Report on the lunatic asylums in Bengal - 1862-
Year: 1862
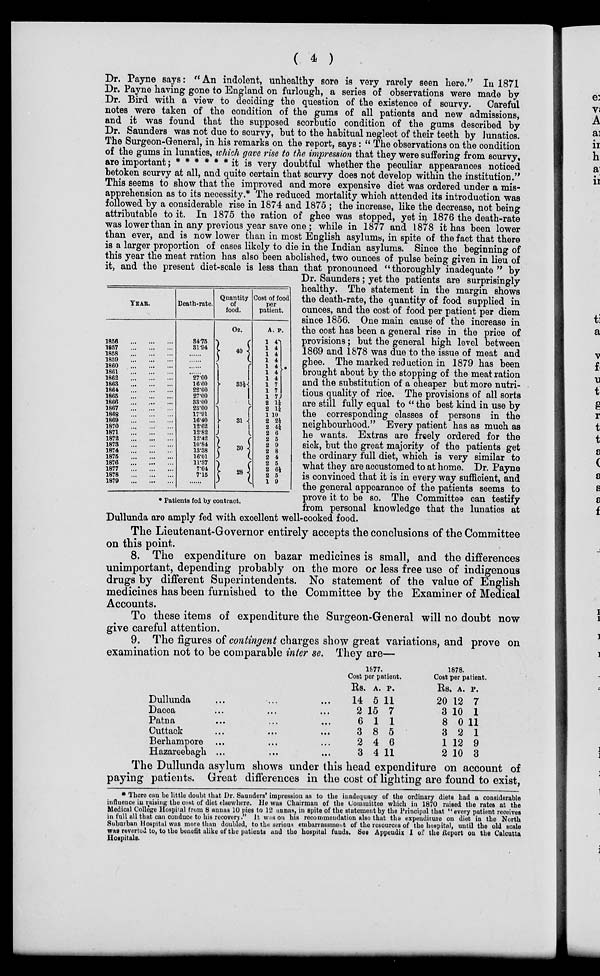
( 4 )
YEAR.
1856 ... ... ...
1857
...
...
...
1858
...
...
...
1859
...
...
...
1860
...
...
...
1861
...
...
...
1862
...
...
...
1863
...
...
...
1864
...
...
...
1865
...
...
...
1866
...
...
...
1867
...
...
...
1868
...
...
...
1869
...
...
...
1870
...
...
...
1871
...
...
...
1872
...
...
...
1873
...
...
...
1874
...
...
...
1875
...
...
...
1876
...
...
...
1877
...
...
...
1878
...
...
...
1879
...
...
...
Death-rate.
34.75
31.94
......
......
......
......
27.00
16.60
22.00
27.00
33.00
23.00
17.91
16.40
12.62
12.82
12.42
10.84
13.38
16.01
11.37
7.04
7.15
......
Quantity
of
food.
Oz.
40
33½
31
30
28
Cost of food
per
patient.
A.
1
1
1
1
1
1
1
1
1
1
2
2
1
2
2
2
2
2
2
2
2
2
2
1
P.
4
4
4
4
4 4
4
7
7
7
1¼
1¼
10
2½
4¼
6
5
9
8
4
5
6½
5
9
*
* Patients fed by contract.
Dr. Payne says: ''An indolent, unhealthy sore is very rarely seen here." In 1871
Dr. Payne having gone to England on furlough, a series of observations were made by
Dr. Bird with a view to deciding the question of the existence of scurvy.
Careful
notes were taken of the condition of the gums of all patients and new admissions,
and it was found that the supposed scorbutic condition of the gums described by
Dr. Saunders was not due to scurvy, but to the habitual neglect of their teeth by lunatics.
The Surgeon-General, in his remarks on the report, says: " The observations on the condition
of the gums in lunatics, which gave rise to the impression that they were suffering from scurvy,
are important ;* * * * * * it is very doubtful whether the peculiar appearances noticed
betoken scurvy at all, and quite certain that scurvy does not develop within the institution."
This seems to show that the improved and more expensive diet was ordered under a mis-
apprehension as to its necessity.* The reduced mortality which attended its introduction was
followed by a considerable rise in 1874 and 1875 ; the increase, like the decrease, not being
attributable to it. In 1875 the ration of ghee was stopped, yet in 1876 the death-rate
was lower than in any previous year save one ; while in 1877 and 1878 it has been lower
than ever, and is now lower than in most English asylums, in spite of the fact that there
is a larger proportion of cases likely to die in the Indian asylums. Since the beginning of
this year the meat ration has also been abolished, two ounces of pulse being given in lieu of
it, and the present diet-scale is less than that pronounced " thoroughly inadequate " by
Dr. Saunders ; yet the patients are surprisingly
healthy. The statement in the margin shows
the death-rate, the quantity of food supplied in
ounces, and the cost of food per patient per diem
since 1856. One main cause of the increase in
the cost has been a general rise in the price of
provisions; but the general high level between
1869 and 1878 was due to the issue of meat and
ghee. The marked reduction in 1879 has been
brought about by the stopping of the meat ration
and the substitution of a cheaper but more nutri-
tious quality of rice. The provisions of all sorts
are still fully equal to " the best kind in use by
the corresponding classes of persons in the
neighbourhood." Every patient has as much as
he wants. Extras are freely ordered for the
sick, but the great majority of the patients get
the ordinary full diet, which is very similar to
what they are accustomed to at home. Dr. Payne
is convinced that it is in every way sufficient, and
the general appearance of the patients seems to
prove it to be so. The Committee can testify
from personal knowledge that the lunatics at
Dullunda are amply fed with excellent well-cooked food.
The Lieutenant-Governor entirely accepts the conclusions of the Committee
on this point.
8. The expenditure on bazar medicines is small, and the differences
unimportant, depending probably on the more or less free use of indigenous
drugs by different Superintendents. No statement of the value of English
medicines has been furnished to the Committee by the Examiner of Medical
Accounts.
To these items of expenditure the Surgeon-General will no doubt now
give careful attention.
9. The figures of contingent charges show great variations, and prove on
examination not to be comparable inter se. They are—
Dullunda ... ... ...
Dacca ... ... ...
Patna ... ... ...
Cuttack ... ... ...
Berhampore ... ... ...
Hazareebagh ... ... ...
1877.
Cost per patient.
Rs.
14
2
6
3
2
3
A.
5
15
1
8
4
4
P.
11
7
1
5
6
11
1878.
Cost per patient.
Rs.
20
3
8
3
1
2
A.
12
10
0
2
12
10
P.
7
1
11
1
9
3
The Dullunda asylum shows under this head expenditure on account of
paying patients. Great differences in the cost of lighting are found to exist,
* There can be little doubt that Dr. Saunders' impression as to the inadequacy of the ordinary diets had a considerable
influence in raising the cost of diet elsewhere. He was Chairman of the Committee which in 1870 raised the rates at the
Medical College Hospital from 8 annas 10 pies to 12 annas, in spite of the statement by the Principal that "every patient receives
in full all that can conduce to his recovery." It was on his recommendation also that the expenditure on diet in the North
Suburban Hospital was more than doubled, to the serious embarrassment of the resources of the hospital, until the old scale
was reverted to, to the benefit alike of the patients and the hospital funds. See Appendix I of the Report on the Calcutta
Hospitals.